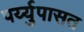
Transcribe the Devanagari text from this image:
पर्य्युपासत